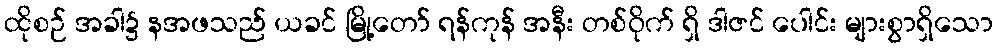
ထိုစဉ် အခါ၌ နအဖသည် ယခင် မြို့တော် ရန်ကုန် အနီး တစ်ဝိုက် ရှိ ဒါဇင် ပေါင်း များစွာရှိသော